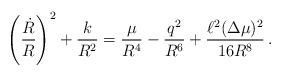
LaTeX: \begin{align*}\left(\frac{\dot{R}}{R}\right)^2+\frac{k}{R^2}=\frac{\mu}{R^4}-\frac{q^2}{R^6}+\frac{\ell^2(\Delta\mu)^2}{16 R^8}\,.\end{align*}